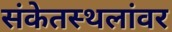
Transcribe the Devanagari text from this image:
संकेतस्थलांवर